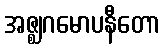
အဇ္ဈဂမောပနီတော